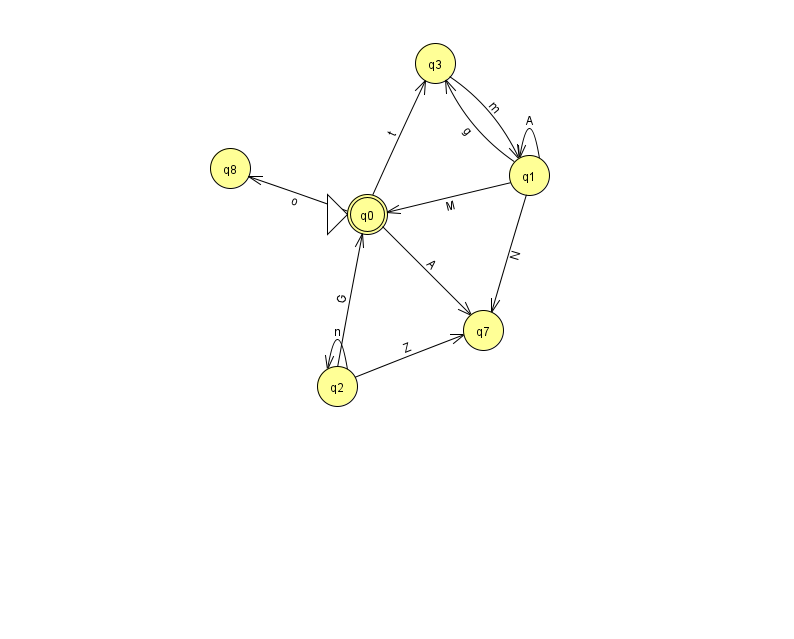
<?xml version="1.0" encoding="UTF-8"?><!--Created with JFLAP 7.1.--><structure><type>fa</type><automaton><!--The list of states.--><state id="0" name="q0"><x>367.0</x><y>201.0</y><initial/><final/></state><state id="1" name="q1"><x>529.0</x><y>162.0</y></state><state id="2" name="q2"><x>337.0</x><y>373.0</y></state><state id="3" name="q3"><x>435.0</x><y>50.0</y></state><state id="7" name="q7"><x>483.0</x><y>317.0</y></state><state id="8" name="q8"><x>230.0</x><y>155.0</y></state><!--The list of transitions.--><transition><from>1</from><to>1</to><read>A</read></transition><transition><from>0</from><to>3</to><read>t</read></transition><transition><from>0</from><to>8</to><read>o</read></transition><transition><from>1</from><to>3</to><read>g</read></transition><transition><from>1</from><to>7</to><read>N</read></transition><transition><from>1</from><to>0</to><read>M</read></transition><transition><from>2</from><to>7</to><read>Z</read></transition><transition><from>3</from><to>1</to><read>m</read></transition><transition><from>0</from><to>7</to><read>A</read></transition><transition><from>2</from><to>0</to><read>G</read></transition><transition><from>2</from><to>2</to><read>n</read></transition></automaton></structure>